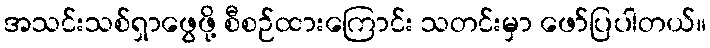
အသင်းသစ်ရှာဖွေဖို့ စီစဉ်ထားကြောင်း သတင်းမှာ ဖော်ပြပါတယ်။